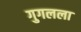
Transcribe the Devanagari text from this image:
गुगलला